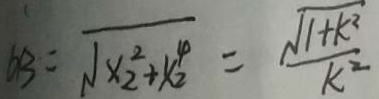
A B = \sqrt { x _ { 2 } ^ { 2 } + x _ { 2 } ^ { 4 } } = \frac { \sqrt { 1 + k ^ { 2 } } } { k ^ { 2 } }